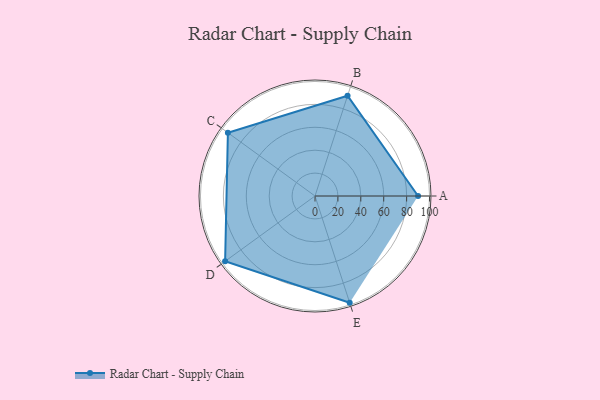
{"axis": {"x": "Skill", "y": "Score"}, "legend": ["Profile"], "data": [{"x": "A", "y": 90.0, "type": "Profile"}, {"x": "B", "y": 92.0, "type": "Profile"}, {"x": "C", "y": 94.0, "type": "Profile"}, {"x": "D", "y": 97.0, "type": "Profile"}, {"x": "E", "y": 98.0, "type": "Profile"}]}